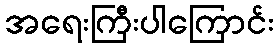
အရေးကြီးပါကြောင်း